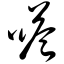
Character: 嗒